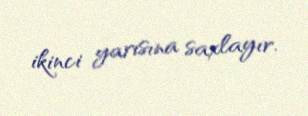
ikinci yarısına saxlayır.